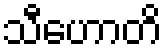
သီဟောတိ